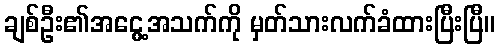
ချစ်ဦး၏အငွေ့အသက်ကို မှတ်သားလက်ခံထားပြီးပြီ။